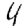
Digit: 4